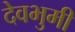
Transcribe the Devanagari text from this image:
देवभुमी